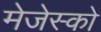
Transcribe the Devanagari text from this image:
मेजेस्‍को